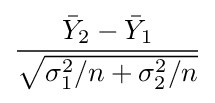
{\frac {{\bar {Y}}_{2}-{\bar {Y}}_{1}}{\sqrt {\sigma _{1}^{2}/n+\sigma _{2}^{2}/n}}}